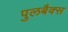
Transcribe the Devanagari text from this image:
पुलबैक्स